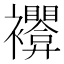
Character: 𰴊